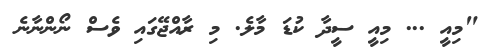
"މިއީ ... މިއީ ސީދާ ކުޑަ މާލެ. މި ރާއްޖޭގައި ވެސް ނޯންނާނެ